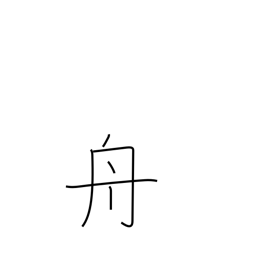
Meaning: boat